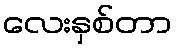
လေးနှစ်တာ